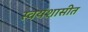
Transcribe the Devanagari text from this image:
स्वयंशासीत